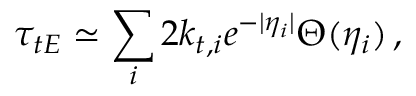
\tau _ { t E } \simeq \sum _ { i } 2 k _ { t , i } e ^ { - | \eta _ { i } | } \Theta ( \eta _ { i } ) \, ,